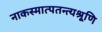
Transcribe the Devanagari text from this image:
नाकस्मात्पतन्त्यश्रूणि